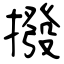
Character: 撥